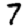
Digit: 7